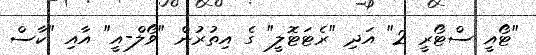
"ޓޯއީ ސްޓޯރީ 2" އަދި "ރެޓަޓޮލީ" ގެ އިތުރުން "ވޯލް-އީ" އާއި "ކާސް